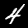
Digit: 4